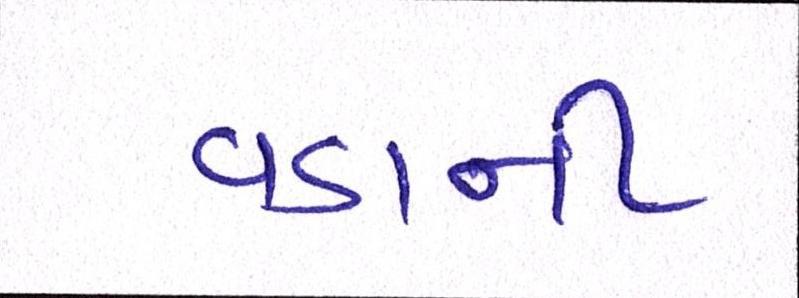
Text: વડાની